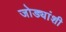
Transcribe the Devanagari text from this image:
जोड्यांशी